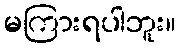
မကြားရပါဘူး။